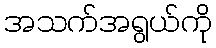
အသက်အရွယ်ကို